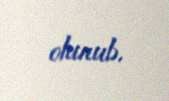
olunub.